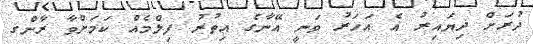
ދުރަށް ދިޔައިރު އެ އަހަރު ވަނީ އޭނާގެ އިތުރު ފިލްމެއް ކަމަށްވާ ރާންގ